Vaccination in the Punjab 1867-1880 - 1867-1880
Year: 1867
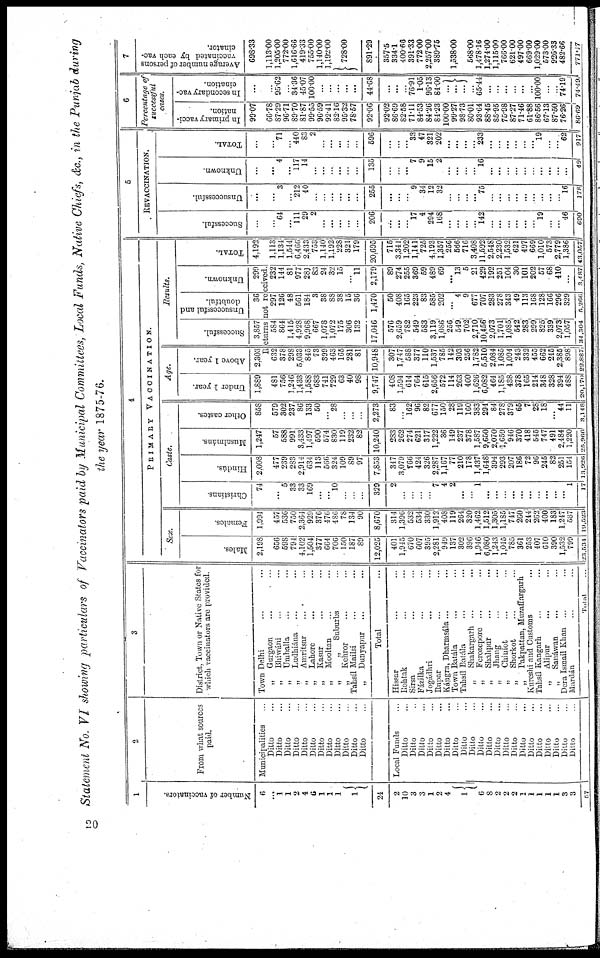
Statement No. VI showing particulars of Vaccinators paid by Municipal Committees, Local Funds, Native Chiefs, &c., in the Punjab during
the year 1875-76.
1
Number of vaccinators.
6
... 1
1
2
4
6
1
1
1
1
24
2
10
3
3
1
2
4
1
6
8
2
2
2
1
1
1
1
1
3
3
57
2
From what sources
paid.
Municipalities ...
Ditto ...
Ditto ...
Ditto ...
Ditto ...
Ditto ...
Ditto ...
Ditto ...
Ditto ...
Ditto ...
Ditto ...
Ditto ...
Ditto ...
...
Local Funds ...
Ditto ...
Ditto ...
Ditto ...
Ditto ...
Ditto ...
Ditto ...
Ditto ...
Ditto ...
Ditto ...
Ditto ...
Ditto ...
Ditto ...
Ditto ...
Ditto ...
Ditto ...
Ditto ...
Ditto ...
Ditto ...
Ditto ...
Ditto ...
Ditto ...
3
District. Town or Native States for
which vaccinators are provided.
Town Delhi ... ...
„
Gurgaon ... ...
„
Bhiwáni ... ...
„
Umballa ... ...
„
Ludhiána ... ...
„
Amritsar ... ...
„
Lahore ... ...
„
Kasur ... ...
„
Mooltan ... ...
„
., Suburbs ... ...
„
Kehror ... ...
Tahsíl Mailsi ... ...
„
Dunyapur ... ...
Total ...
Hissar ... ...
Rohtak ... ...
Sirsa ... ...
Fázilka ... ...
Jogádhri ... ...
Rupar ... ...
Kángra, Dharmsála ... ...
Town Batála ... ...
Tahsíl Batála ... ...
„
Shakargarh ... ...
„
Ferozepore ... ...
„
Shahpur ... ...
„
Jhang ... ...
„
Chiniot ... ...
„
Shorkot ... ...
„
Pakpattan, Muzaffargarh ... ...
Kureshi and Customs ... ...
Tahsíl Kangarh ... ...
„
Alipur ... ...
., Sanáwan ... ...
Dera Ismail Khan ... ...
Mardán ... ...
Total ...
4
PRIMARY
VACCINATION.
Sex.
Males.
2,198
Females.
1,991
Caste.
Christians
74
Hindús.
2,008
Musalmáns.
1,247
Other castes.
858
Age.
Under 1 year.
1,889
Above 1 year.
2,303
Results.
Successful.
3,857
Unsuccessful and
doubtful.
36
Unknown.
299
TOTAL.
4,192
5
Successful.
...
REVACCINATION.
Unsuccessful.
...
Unknown.
...
TOTAL.
...
6
Percentage of
successful
cases.
In primary vacci¬
nation.
99.07
In secondary vac¬
cination.
...
7
Average number of persons
vaccinated by each vac¬
cinator.
698.33
Returns not received.
656
598
794
4,102
1,504
377
664
706
150
187
89
12,025
401
1,945
670
607
395
2,281
949
137
302
396
1.946
6,080
1,243
1,045
785
361
253
407
610
390
1,532
799
23,534
457
536
750
2,364
929
376
476
486
78
134
90
8,670
314
1,396
532
534
330
1,912
408
119
264
320
1,462
1,512
1,305
1,185
747
260
244
262
400
183
1,247
587
19,523
...
5
33
33
169
...
...
10
...
...
...
329
2
...
...
...
...
7
4
2
...
...
1
...
...
...
...
...
...
...
...
...
...
1
17
477
239
283
2,914
634
113
566
324
109
89
97
7,853
347
3,079
766
424
326
2,287
1,167
77
210
178
1,437
1,648
394
293
207
186
72
96
245
82
251
154
13,926
57
588
991
3,433
1,497
590
574
830
119
232
82
10,240
283
262
274
621
317
1,222
36
149
237
378
1,587
9,650
2,070
1,659
946
370
418
545
747
491
2,484
1,220
25,966
579
302
237
86
133
50
...
28
...
...
...
2,273
83
...
162
96
82
677
150
28
119
160
383
294
84
278
379
65
7
28
18
...
44
11
3,148
481
756
1,246
1,433
1,588
683
741
729
63
40
98
9,747
408
1,594
614
764
615
2,656
572
114
263
460
1,626
6,082
464
1,185
438
378
165
214
348
328
394
488
20,170
632
378
298
5,033
845
73
399
463
165
281
81
10,948
307
1,747
588
377
110
1,537
785
142
303
256
1,782
5,510
2,084
1,085
1,094
243
332
455
662
245
2,385
898
22,887
584
864
1,415
4,928
9,968
667
1,078
1,072
175
306
132
17,046
576
2,659
782
549
583
3,119
1,086
256
549
702
2,710
10,456
2,073
1,701
1,085
542
283
299
825
339
2,073
1,057
34 ,304
297
126
48
561
184
3
38
88
38
15
36
1,470
50
408
165
223
83
585
202
... 4
9
677
707
283
278
343
49
113
168
128
166
296
329
5,266
232
144
81
977
281
83
24
32
15
...
11
2,179
89
274
255
369
59
489
69
... 13
5
21
429
192
251
104
30
101
202
57
68
410
...
3,187
1,113
1,134
1,514
6,466
2,433
753
1,140
1,192
228
321
179
20,695
715
3,341
1,202
l,14l
725
4,193
1,357
256
566
716
3,408
11,592
2,548
2,230
1,532
621
497
669
1,010
573
2,779
1,386
43,057
...
64
... 11l
29
2
...
...
...
...
...
206
...
...
...
17
4
294
168
...
...
...
...
142
...
...
...
...
...
...
19
...
... 46
690
...
3
...
212
40
...
...
...
...
...
...
255
...
...
...
9
34
12
32
...
...
...
...
75
...
...
...
...
...
...
...
...
... 16
178
...
4
...
117
14
...
...
...
...
...
...
135
...
...
... 7
9
15
2
...
...
...
...
16
...
...
...
...
...
...
...
... ...
...
49
...
71
...
440
83
2
...
...
...
...
...
596
...
...
...
33
47
321
202
...
...
...
...
233
...
...
...
...
...
...
19
...
... 62
917
66.78
87.29
96.71
89.70
81.87
99.55
96.59
92.41
82.16
95.32
78.57
92.06
92.02
86.69
82.58
71.11
84.53
84.26
84.23
100.00
99.27
98.73
80.01
93.64
88.45
85.95
75.98
87.27
71.46
61.88
86.56
67.13
87.50
76.26
86.69
...
95.62
...
34.36
45.07
100.00
...
...
...
...
...
44.68
...
...
...
76.91
1.05
96.13
84.00
...
...
...
65.44
...
...
...
...
...
...
100.00
...
...
74.19
74.49
1,113.00
1,205.00
772.00
1,616.66
419.33
755.00
1,140.00
1,192.00
728.00
891.29
357.5
334.1
400.66
391.33
772.00
2,257.00
389.75
1,538.00
568.00
1,478.16
1,274.00
1,115.00
766.00
621.00
497.00
669.00
1,029.00
573.00
926.33
482.66
771.77
20